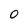
Character: 0